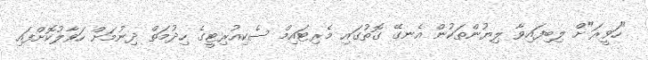
"ހަވީރަ"ށް ލިބިފައިވާ ލިޔުންތަކުން އެނގޭ ގޮތުގައި މެރިޓައިމް ސެކިއުރިޓީގެ ހިދުމަތް ދިނުމަށް ހަވާލުކޮށްފައި